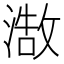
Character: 𮳒